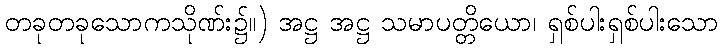
တခုတခုသောကသိုဏ်း၌။) အဋ္ဌ အဋ္ဌ သမာပတ္တိယော၊ ရှစ်ပါးရှစ်ပါးသော